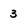
Character: 3